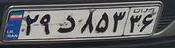
۲۹$۸۵۳۳۶